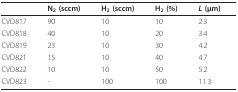
|  | N2 (sccm) | H2 (sccm) | H2 (%) | L (μm) |
 | --- | --- | --- | --- | --- |
 | CVD817 | 90 | 10 | 10 | 2.3 |
 | CVD818 | 40 | 10 | 20 | 3.4 |
 | CVD819 | 23 | 10 | 30 | 4.2 |
 | CVD821 | 15 | 10 | 40 | 4.7 |
 | CVD822 | 10 | 10 | 50 | 5.2 |
 | CVD823 | - | 100 | 100 | 11.3 |